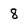
Character: 8